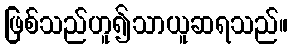
ဖြစ်သည်ဟူ၍သာယူဆရသည်။